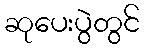
ဆုပေးပွဲတွင်